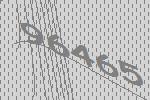
96465